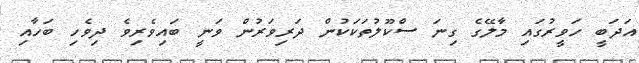
އަދަބީ ހަވީރުގައި މާލޭގެ ގިނަ ސްކޫލުތަކަކުން ދަރިވަރުން ވަނީ ބައިވެރިވެ ދިވެހި ބަހާއި